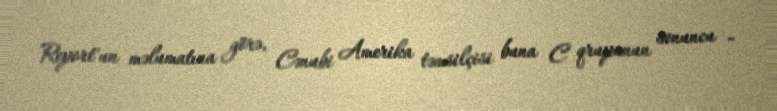
Report"un məlumatına görə, Cənubi Amerika təmsilçisi buna C qrupunun sonuncu -